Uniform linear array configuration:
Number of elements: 48
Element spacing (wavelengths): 0.75
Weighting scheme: hamming
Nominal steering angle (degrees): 0
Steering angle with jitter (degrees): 1.664
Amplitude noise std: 0.05
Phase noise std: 0.05

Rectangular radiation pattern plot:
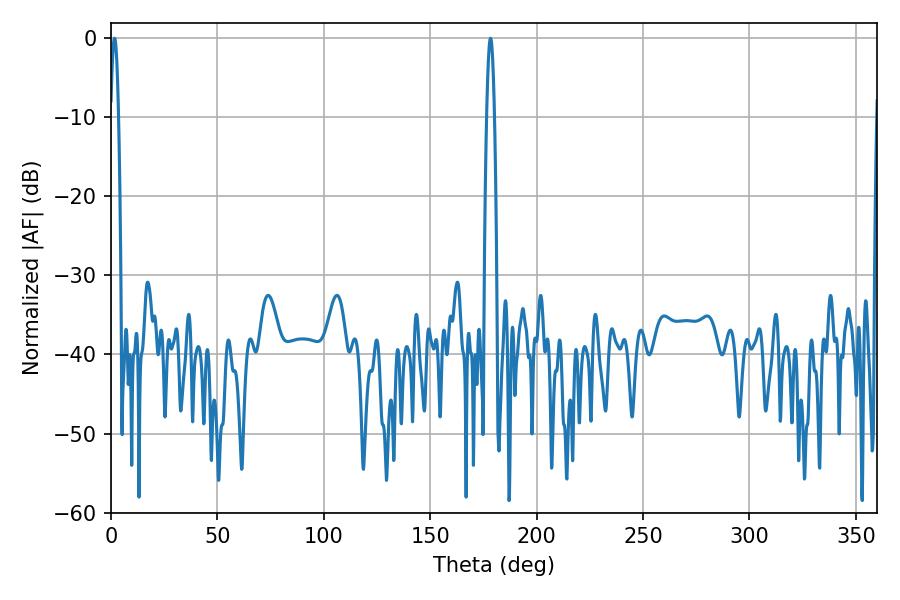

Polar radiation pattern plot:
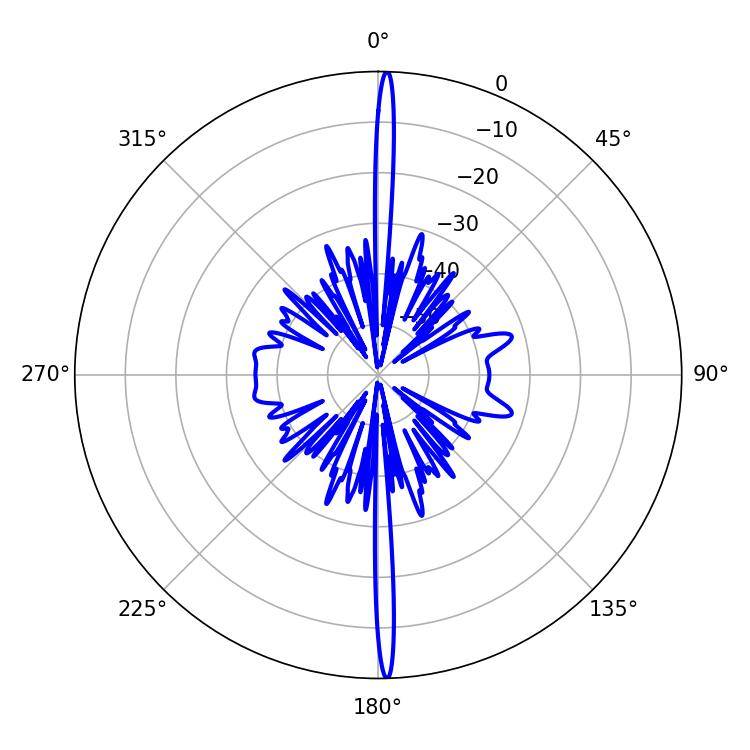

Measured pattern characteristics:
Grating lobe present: TRUE
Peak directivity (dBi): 29.444
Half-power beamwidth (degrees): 1.98
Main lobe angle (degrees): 178.38